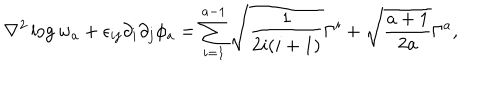
LaTeX: \nabla ^ { 2 } \log w _ { a } + \epsilon _ { i j } \partial _ { i } \partial _ { j } \phi _ { a } = \sum _ { i = 1 } ^ { a - 1 } \sqrt { \frac { 1 } { 2 i ( i + 1 ) } } \Gamma ^ { i } + \sqrt { \frac { a + 1 } { 2 a } } \Gamma ^ { a } ,